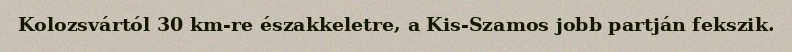
Kolozsvártól 30 km-re északkeletre, a Kis-Szamos jobb partján fekszik.